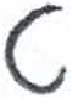
אות: ט